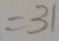
= 3 1